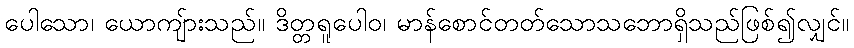
ပေါသော၊ ယောကျ်ားသည်။ ဒိတ္တရူပေါဝ၊ မာန်စောင်တတ်သောသဘောရှိသည်ဖြစ်၍လျှင်။